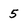
Character: 5